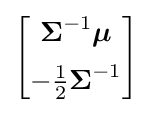
{\begin{bmatrix}{\boldsymbol {\Sigma }}^{-1}{\boldsymbol {\mu }}\\[5pt]-{\frac {1}{2}}{\boldsymbol {\Sigma }}^{-1}\end{bmatrix}}